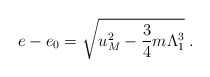
\begin{align*}e-e_{0}=\sqrt{u_{M}^2-\frac 3 4 m\Lambda_{1}^{3}}\;.\end{align*}